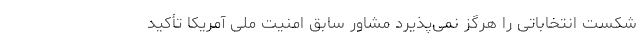
شکست انتخاباتی را هرگز نمی‌پذیرد مشاور سابق امنیت ملی آمریکا تأکید